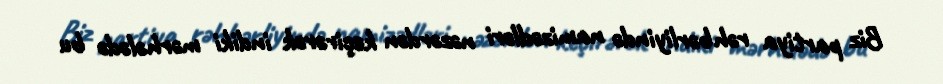
Biz partiya rəhbərliyində namizədləri nəzərdən keçirərək indiki mərhələdə bu